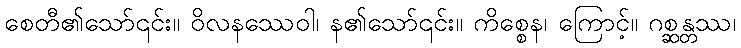
စေတီ၏သော်၎င်း။ ဝိလနဿေဝါ၊ န၏သော်၎င်း။ ကိစ္စေန၊ ကြောင့်။ ဂစ္ဆန္တဿ၊